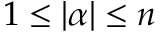
1 \leq | { \boldsymbol { \alpha } } | \leq n